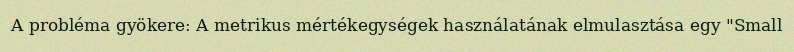
A probléma gyökere: A metrikus mértékegységek használatának elmulasztása egy "Small